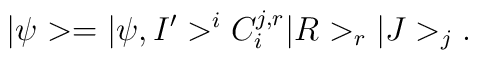
|\psi> = |\psi,I'>^{i}C^{j,r}_{i}|R>_{r}|J>_{j}.